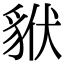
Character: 𧳂